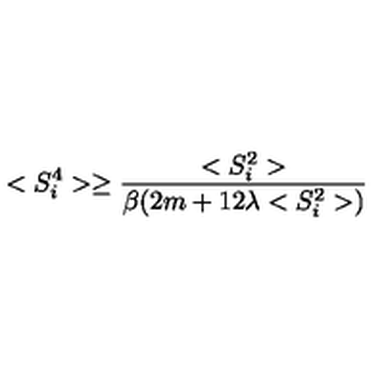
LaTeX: < S _ { i } ^ { 4 } > \ge \frac { < S _ { i } ^ { 2 } > } { \beta ( 2 m + 1 2 \lambda < S _ { i } ^ { 2 } > ) }